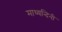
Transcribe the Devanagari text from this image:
माध्यन्दिनी